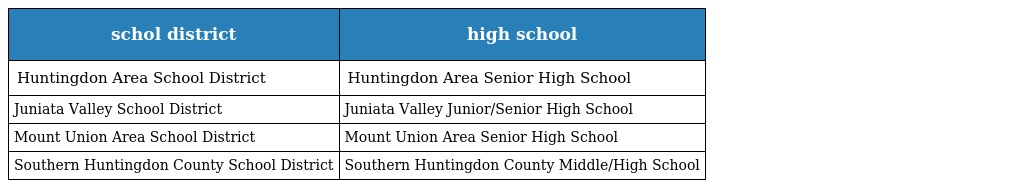
| schol district | high school |
 | --- | --- |
 | Huntingdon Area School District | Huntingdon Area Senior High School |
 | Juniata Valley School District | Juniata Valley Junior/Senior High School |
 | Mount Union Area School District | Mount Union Area Senior High School |
 | Southern Huntingdon County School District | Southern Huntingdon County Middle/High School |